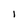
Character: 1